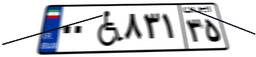
۱۱W۸۵۰۴۱